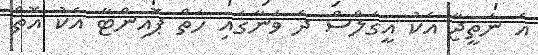
އެ ނަތީޖާ އެކު އީގަލްސް ދެ ވަނާގައި ހަތް ޕޮއިންޓާ އެކު އޮތް